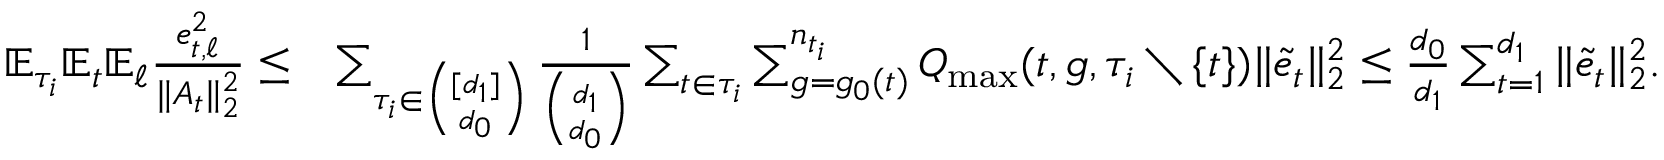
\begin{array} { r l } { \mathbb { E } _ { \tau _ { i } } \mathbb { E } _ { t } \mathbb { E } _ { \ell } \frac { e _ { t , \ell } ^ { 2 } } { \| A _ { t } \| _ { 2 } ^ { 2 } } \leq } & { \sum _ { \tau _ { i } \in \binom { [ d _ { 1 } ] } { d _ { 0 } } } \frac { 1 } { \binom { d _ { 1 } } { d _ { 0 } } } \sum _ { { t } \in \tau _ { i } } \sum _ { g = g _ { 0 } ( { t } ) } ^ { n _ { t _ { i } } } Q _ { \operatorname* { m a x } } ( t , g , \tau _ { i } \setminus \{ t \} ) \| \Tilde { e } _ { t } \| _ { 2 } ^ { 2 } \leq \frac { d _ { 0 } } { d _ { 1 } } \sum _ { t = 1 } ^ { d _ { 1 } } \| \tilde { e } _ { t } \| _ { 2 } ^ { 2 } . } \end{array}